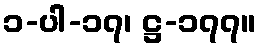
၁-ပါ-၁၇၊ ဋ္ဌ-၁၇၇။